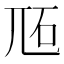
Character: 𡯝